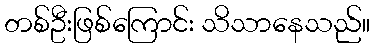
တစ်ဦးဖြစ်ကြောင်း သိသာနေသည်။